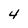
Character: 4